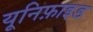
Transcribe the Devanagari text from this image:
यूनिफ़ाइड